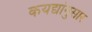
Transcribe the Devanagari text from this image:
कयद्यांनुसार